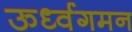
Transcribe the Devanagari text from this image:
ऊर्ध्वगमन